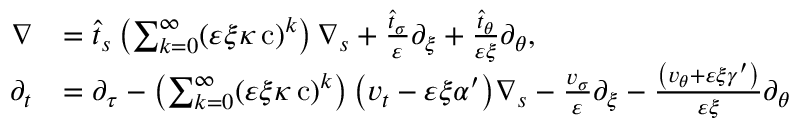
\begin{array} { r l } { \nabla } & { = \widehat { t } _ { s } \left( \sum _ { k = 0 } ^ { \infty } ( \varepsilon \xi \kappa \operatorname { c } ) ^ { k } \right) \nabla _ { s } + \frac { \hat { t } _ { \sigma } } { \varepsilon } \partial _ { \xi } + \frac { \hat { t } _ { \theta } } { \varepsilon \xi } \partial _ { \theta } , } \\ { \partial _ { t } } & { = \partial _ { \tau } - \left( \sum _ { k = 0 } ^ { \infty } ( \varepsilon \xi \kappa \operatorname { c } ) ^ { k } \right) { \left( v _ { t } - \varepsilon \xi \alpha ^ { \prime } \right) } \nabla _ { s } - \frac { v _ { \sigma } } { \varepsilon } \partial _ { \xi } - \frac { \left( v _ { \theta } + \varepsilon \xi \gamma ^ { \prime } \right) } { \varepsilon \xi } \partial _ { \theta } } \end{array}